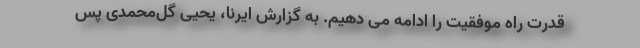
قدرت راه موفقیت را ادامه می دهیم. به گزارش ایرنا، یحیی گل‌محمدی پس